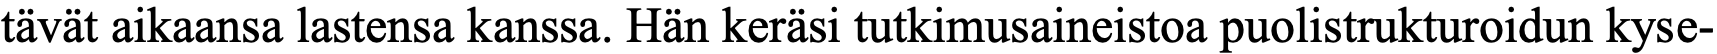
tävät aikaansa lastensa kanssa. Hän keräsi tutkimusaineistoa puolistrukturoidun kyse-